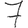
Digit: 7